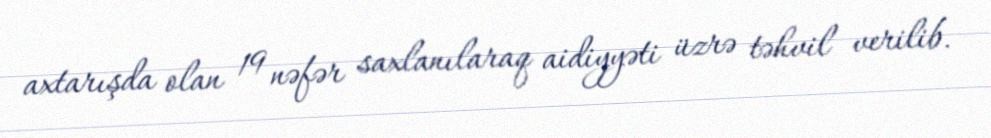
axtarışda olan 19 nəfər saxlanılaraq aidiyyəti üzrə təhvil verilib.